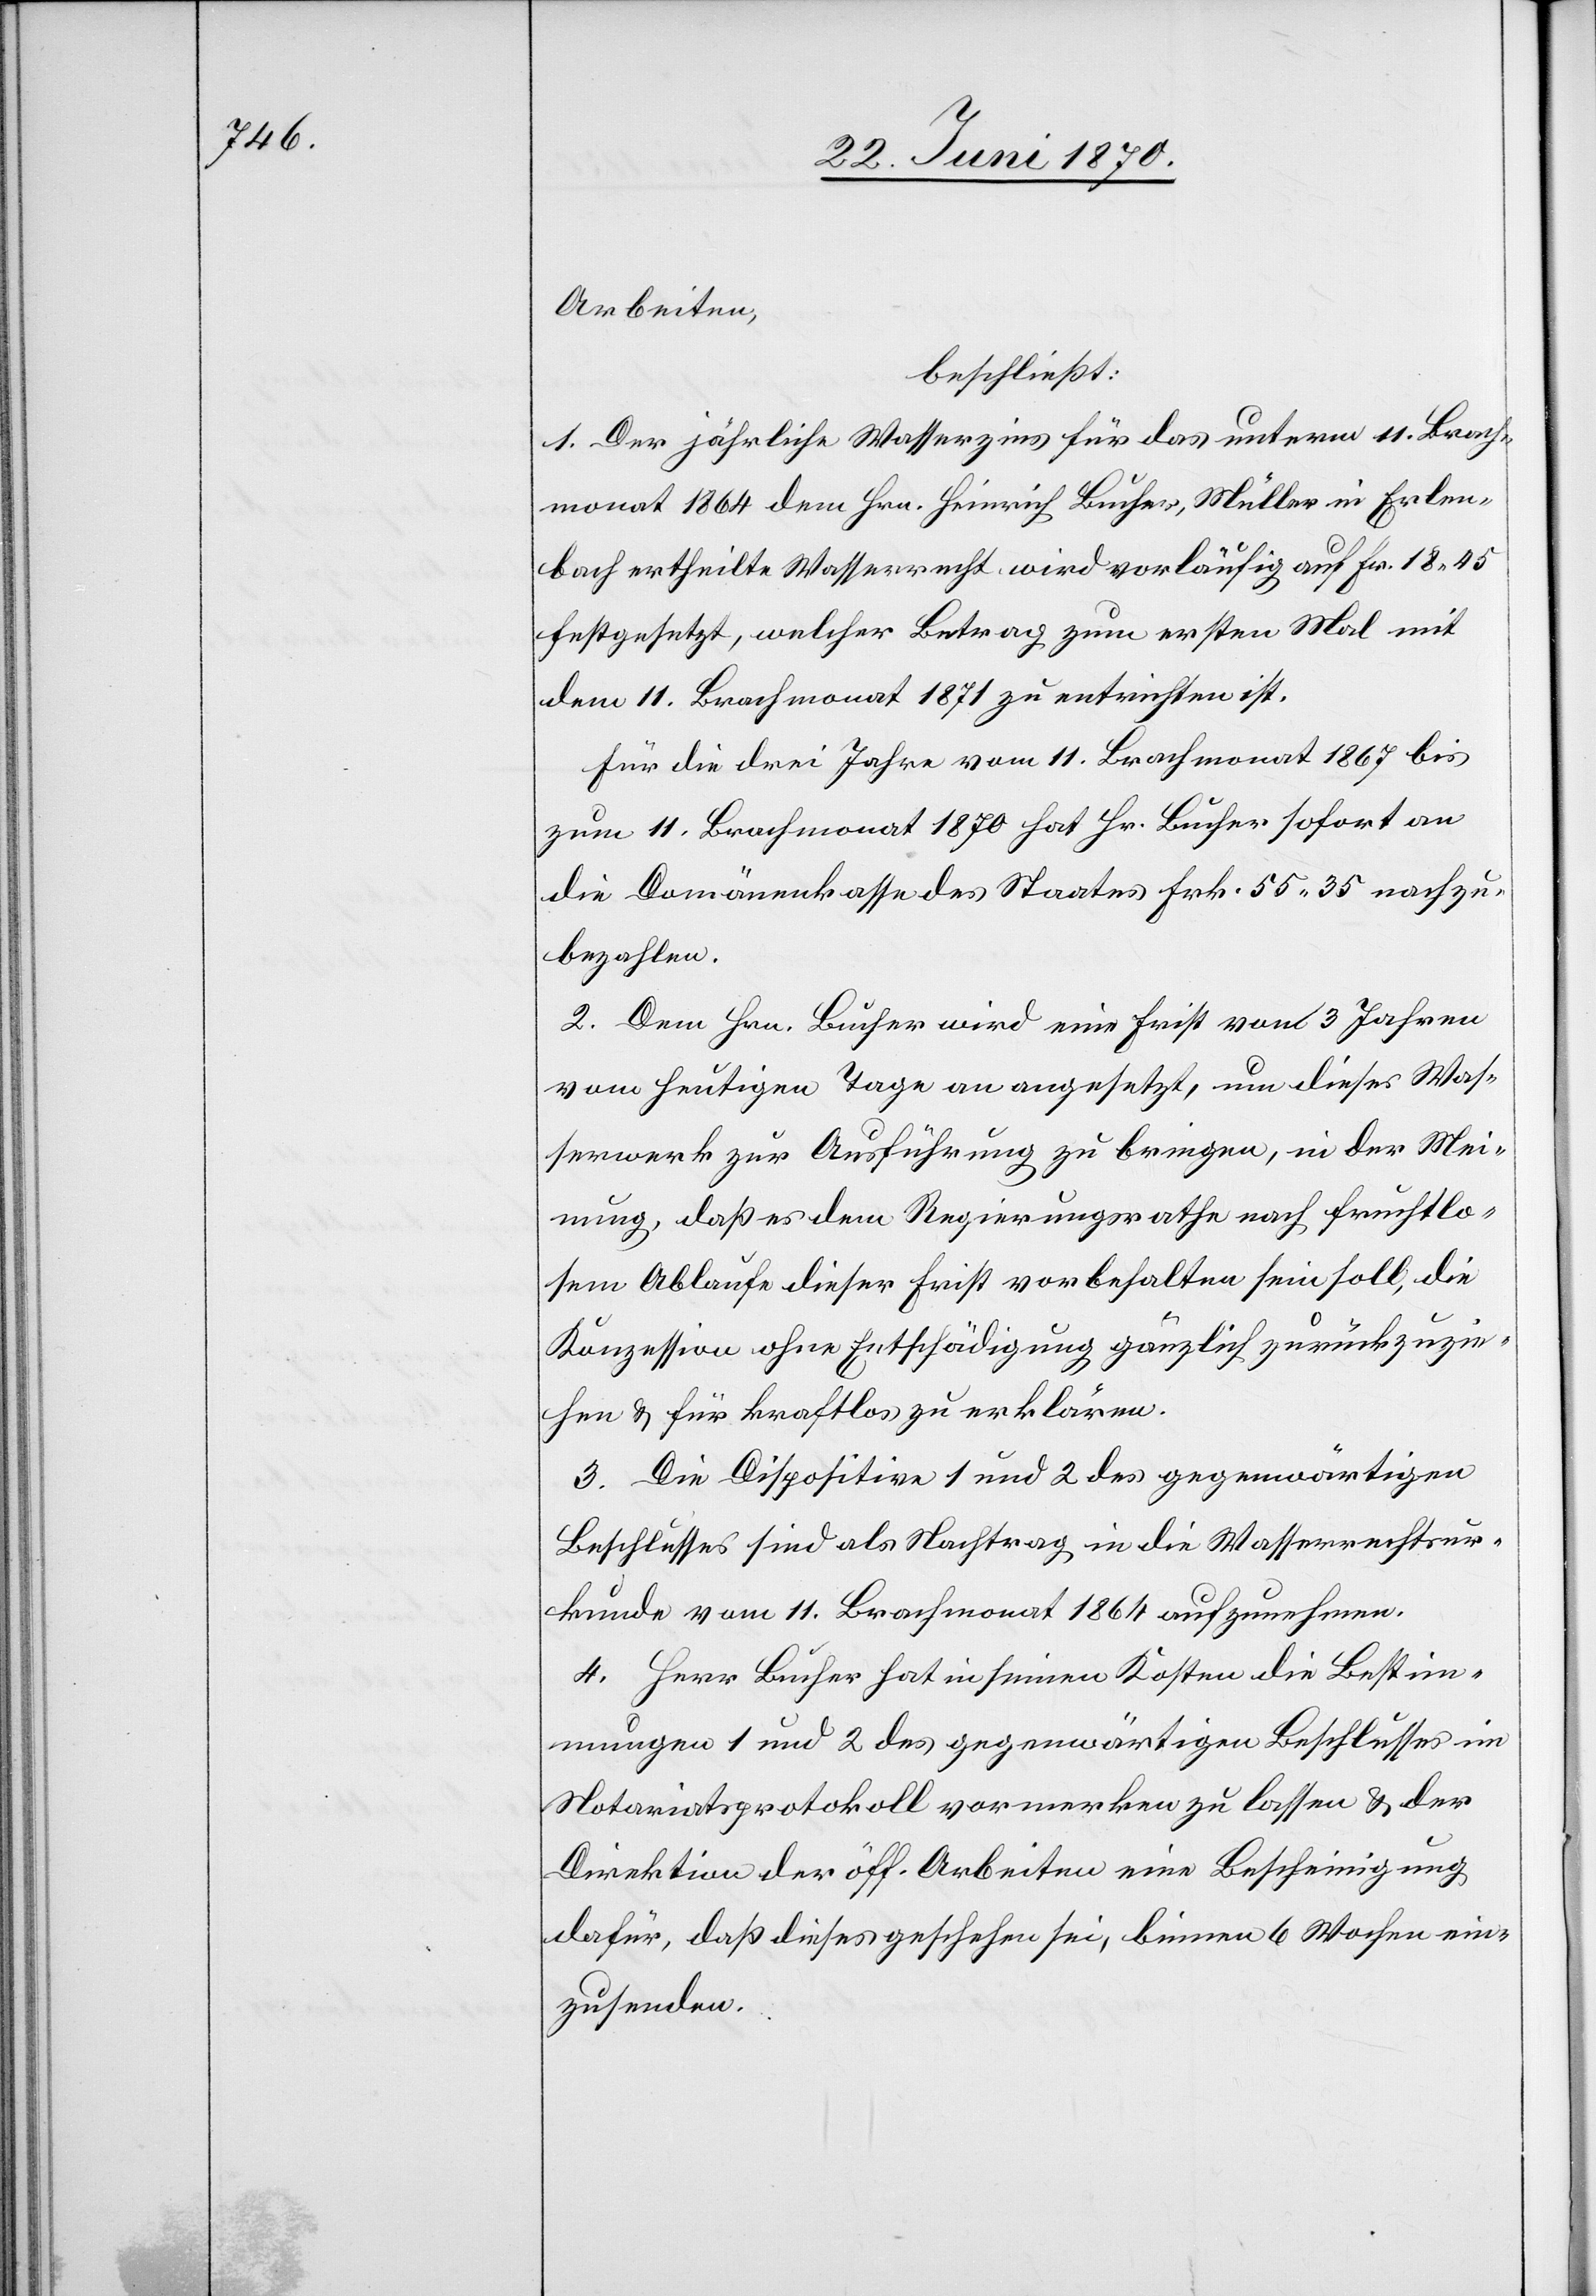
Arbeiten,
beschließt:
1. Der jährliche Wasserzins für das unterm 11. Brach¬
monat 1864 dem Hrn. Heinrich Bucher, Müller in Erlen¬
bach ertheilte Wasserrecht wird vorläufig auf Fr. 18.45
festgesetzt, welcher Betrag zum ersten Mal mit
dem 11. Brachmonat 1871 zu entrichten ist.
Für die drei Jahre vom 11. Brachmonat 1867 bis
zum 11. Brachmonat 1871 hat Hr. Bucher sofort an
die Domänenkasse des Staates Frk. 55.35 nachzu¬
bezahlen.
2. Dem Hrn. Bucher wird eine Frist von 3 Jahren
vom heutigen Tage an angesetzt, um dieses Was¬
serwerk zur Ausführung zu bringen, in der Mei¬
nung, daß es dem Regierungsrathe nach fruchtlo¬
sem Ablaufe dieser Frist vorbehalten sein soll, die
Konzession ohne Entschädigung gänzlich zurückzuzie¬
hen & für kraftlos zu erklären.
3. Die Dispositive 1 und 2 des gegenwärtigen
Beschlusses sind als Nachtrag in die Wasserrechtsur¬
kunde vom 11. Brachmonat 1864 aufzunehmen.
4. Herr Bucher hat in seinen Kosten die Bestim¬
mungen 1 und 2 des gegenwärtigen Beschlusses im
Notariatsprotokoll vormerken zu lassen & der
Direktion der öff. Arbeiten eine Bescheinigung
dafür, daß dieses geschehen sei, binnen 6 Wochen ein¬
zusenden.